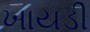
ખાયડી